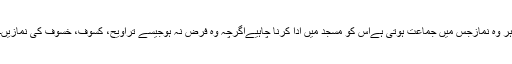
ہر وہ نمازجس میں جماعت ہوتی ہےاس کو مسجد میں ادا کرنا چاہیےاگرچہ وہ فرض نہ ہوجیسے تراویح، کسوف، خسوف کی نمازیں۔